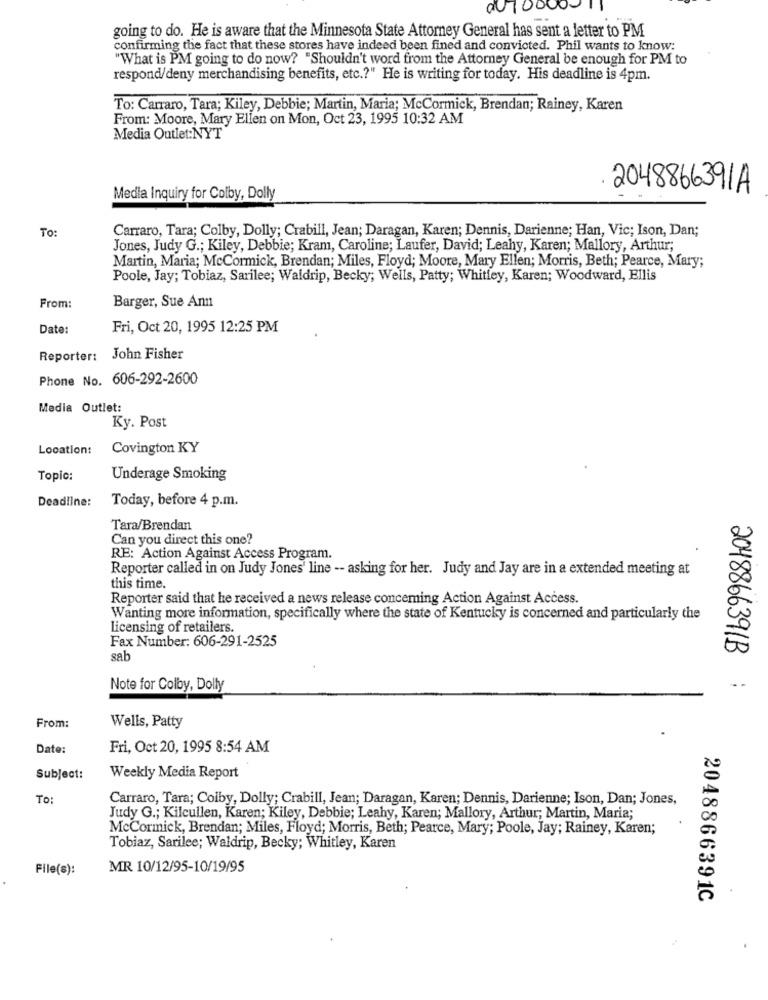
going to do. He is aware that the Minnesota State Attorney General has sent a letter to PM
confirming the fact that these stores have indeed been fined and convicted. Phil wants to know:
"What is PM going to do now? "Shouldn't word from the Attorney General be enough for PM to
respond/deny merchandising benefits, etc .? " He is writing for today. His deadline is 4pm.
To: Carraro, Tara; Kiley, Debbie; Martin, Maria; McCormick, Brendan; Rainey, Karen
From: Moore, Mary Ellen on Mon, Oct 23, 1995 10:32 AM
Media Outlet:NYT
2048866391A
Media Inquiry for Colby, Dolly
TO:
Carraro, Tara; Colby, Dolly; Crabill, Jean; Daragan, Karen; Dennis, Darienne; Han, Vic; Ison, Dan;
Jones, Judy G .; Kiley, Debbie; Kram, Caroline; Laufer, David; Leahy, Karen; Mallory, Arthur;
Martin, Maria; McCormick, Brendan; Miles, Floyd; Moore, Mary Ellen; Morris, Beth; Pearce, Mary;
Poole, Jay; Tobiaz, Sarilee; Waldrip, Becky; Wells, Patty; Whitley, Karen; Woodward, Ellis
From:
Barger, Sue Ann
Date:
Fri, Oct 20, 1995 12:25 PM
Reporter:
John Fisher
Phone No. 606-292-2600
Media Outlet:
Ky. Post
Location:
Covington KY
Topic:
Underage Smoking
Deadline:
Today, before 4 p.m.
Tara/Brendan
Can you direct this one?
RE: Action Against Access Program.
Reporter called in on Judy Jones' line -- asking for her. Judy and Jay are in a extended meeting at
this time.
Reporter said that he received a news release concerning Action Against Access.
Wanting more information, specifically where the state of Kentucky is concerned and particularly the
licensing of retailers.
Fax Number: 606-291-2525
2048866391B
sab
Note for Colby, Dolly
From:
Wells, Patty
Date:
Fri, Oct 20, 1995 8:54 AM
Subject:
Weekly Media Report
To:
Carraro, Tara; Colby, Dolly; Crabill, Jean; Daragan, Karen; Dennis, Darienne; Ison, Dan; Jones,
Judy G .; Kilcullen, Karen; Kiley, Debbie; Leahy, Karen; Mallory, Arthur; Martin, Maria;
McCormick, Brendan; Miles, Floyd; Morris, Beth; Pearce, Mary; Poole, Jay; Rainey, Karen;
Tobiaz, Sarilee; Waldrip, Becky; Whitley, Karen
File(s):
MR 10/12/95-10/19/95
2048866391C